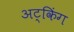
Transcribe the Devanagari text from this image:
अट्किंग